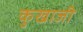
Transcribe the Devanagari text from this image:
कुखाजी